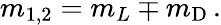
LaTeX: m_{1,2}=m_{L}\mp m_{\mathrm{D}}\, .